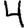
Digit: 4